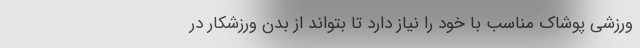
ورزشی پوشاک مناسب با خود را نیاز دارد تا بتواند از بدن ورزشکار در